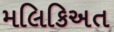
મલિકિઅત